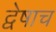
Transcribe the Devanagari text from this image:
द्वेषाच